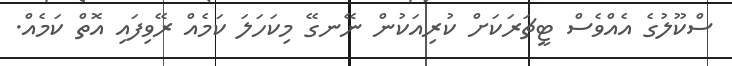
ސްކޫލުގެ އެއްވެސް ޓީޗަރަކަށް ކުރިއަކުން ނޭނގޭ މިކަހަލަ ކަމެއް ރޭވިފައި އޮތް ކަމެއް.